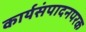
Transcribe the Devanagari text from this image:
कार्यसंपादनपरक